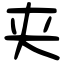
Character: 夹